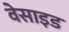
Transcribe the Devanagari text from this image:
वेसाइड